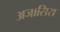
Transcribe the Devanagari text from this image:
अजासिस